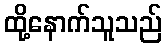
ထို့နောက်သူသည်